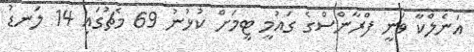
އަނެލްކާ ވަނީ ފްރާންސްގެ ގައުމީ ޓީމަށް ކުޅުނު 69 މެޗުގައި 14 ލަނޑު